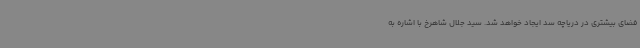
فضای بیشتری در دریاچه سد ایجاد خواهد شد. سید جلال شاهرخ با اشاره به